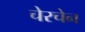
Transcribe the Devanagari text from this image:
चेरचेन